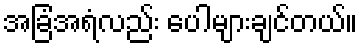
အခြံအရံလည်း ပေါများချင်တယ်။